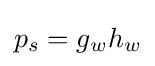
p_{s}=g_{w}h_{w}